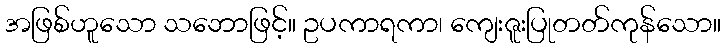
အဖြစ်ဟူသော သဘောဖြင့်။ ဥပကာရကာ၊ ကျေးဇူးပြုတတ်ကုန်သော။